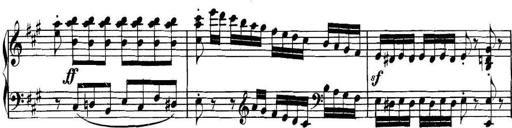
Title: Collected Piano Sonatas
Composer: Muzio Clementi